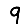
Digit: 9